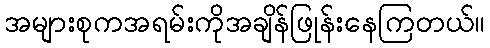
အများစုကအရမ်းကိုအချိန်ဖြုန်းနေကြတယ်။